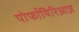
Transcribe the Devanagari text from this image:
पोर्फायिरिआज़